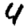
Digit: 4